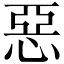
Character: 惡